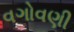
વગોવણી